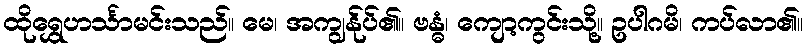
ထိုရွှေဟင်္သာမင်းသည်။ မေ၊ အကျွန်ုပ်၏။ ဗန္ဓံ၊ ကျော့ကွင်းသို့။ ဥပါဂမိ၊ ကပ်လာ၏။